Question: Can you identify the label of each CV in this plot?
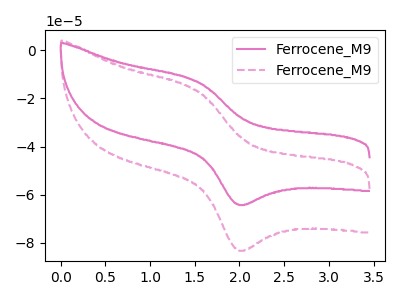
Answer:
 <answer>The pink curve is labeled "Ferrocene_M91". The pink dashed curve is labeled "Ferrocene_M92".</answer>
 <eval></eval>